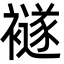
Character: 襚